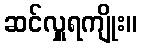
ဆင်လှူရကျိုး။